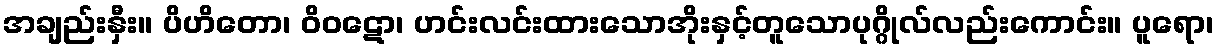
အချည်းနှီး။ ပိဟိတော၊ ဝိဝဋော၊ ဟင်းလင်းထားသောအိုးနှင့်တူသောပုဂ္ဂိုလ်လည်းကောင်း။ ပူရော၊